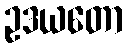
ဥဒယတော